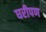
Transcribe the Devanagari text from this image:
घरीपण